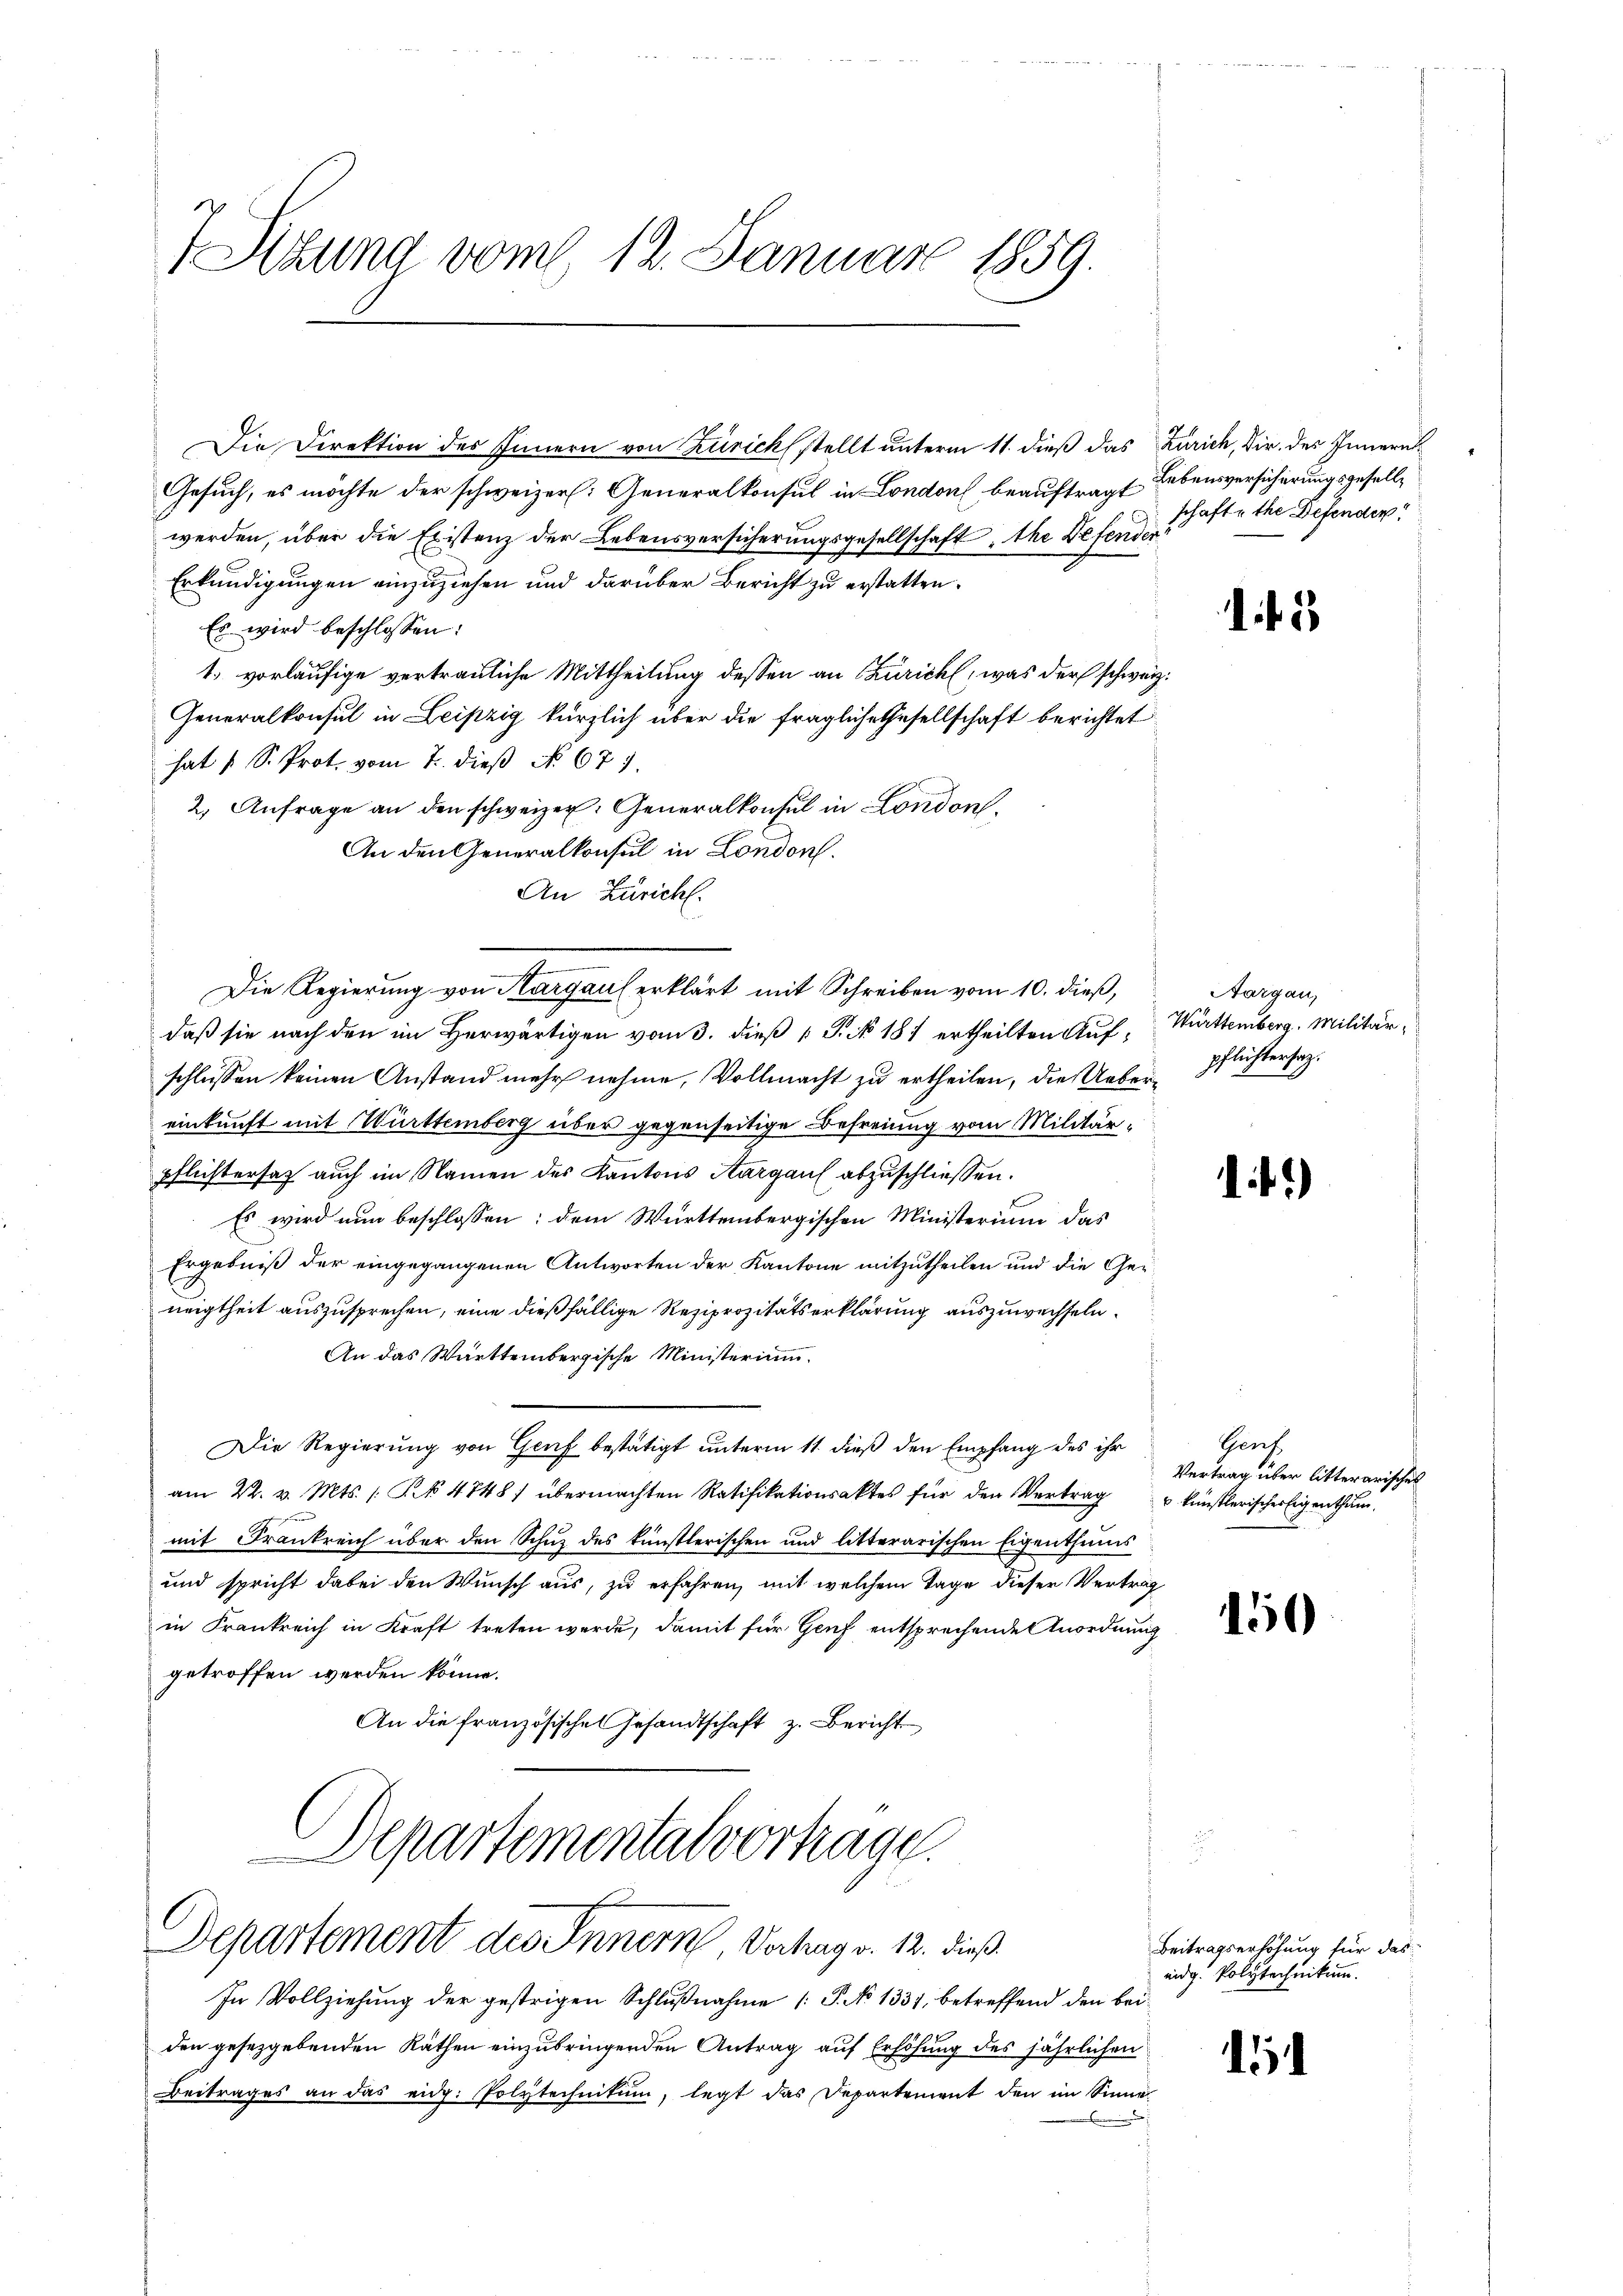
Sizung vom 12. Januar 1859.

Die Direktion des Innern von Zürich stellt unterm 11. dieß das Zürich, Dir. des Innern
Gesuch, es möchte der schweizer. Generalkonsul in London beauftragt Lebensversicherungsgesellwerden, über die Existenz der Lebensversicherungsgesellschaft, the Defender
Erkundigungen einzuziehen und darüber Bericht zu erstatten.
Es wird beschlossen:
1., vorläufige vertrauliche Mittheilung dessen an Zürich, was der schwärz¬
Generalkonsul in Leipzig kürzlich über die fragliche Gesellschaft berichtet
hat u. S. Prot. vom 7. dieβ No. 671.
2. Anfrage an den schweizer. Generalkonsul in London,
An den Generalkonsul in London.
An Züricht.
daß sie nach den im Herwärtigen vom 3. dieß 1 S. No 187 ertheilten Auf-Württemberg. Militär
schlüssen keinen Anstand mehr nehme, Vollmacht zu ertheilen, die Uebereinkunft mit Württemberg über gegenseitige Befreiung vom Militärpfleistersatz auch im Namen des Kantons Aargau abzuschließen.
Es wird nun beschlossen: dem Württembergischen Ministerium das
Ergebniß der eingegangenen Antworten der Kantone mitzutheilen und die Gerneigtheit auszusprechen, eine dießfällige Reziprozitätserklärung auszuwechseln.
An das Württembergische Ministerium.
Die Regierung von Genf bestätigt unterm 11. dieß den Empfang des ihr
am 22. d. Mts. / Nr 4748) übermachten Ratifikationsaktes für den Vertrag
mit Frankreich über den Schuz des künstlerischen und litterarischen Eigenthums
und spricht dabei den Wunsch aus, zu erfahren, mit welchem Tage dieser Verträg
in Frankreich in Kraft treten werde, damit für Genf entsprechende Anordnung
getroffen werden könne.
An die französisches Gesandtschaft z. Bericht
Departementalvertrage.

Die Regierung von Aargau erklärt mit Schreiben vom 10. dieß,

f
Departement des Innern Verhag v. 12. dieß

In Vollziehung der gestrigen Schlußnahme (T. No 1331, betreffend den beiden gesetzgebenden Räthen einzubringenden Antrag auf Erhöhung des jährlichen
Beitrages an das eidg. Polytechnikum, legt das Departement den im Sinne

schafte the Defenden!

g

5

Aargau,
pflichtersatz.

14)

Gauf
Vertrag über litterarisches
 künstlerischer Eigenthum

150

Beitragserhöhung für das
eidg. Polytechnikum.

d